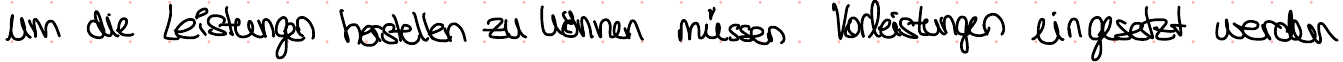
um die Leistungen herstellen zu können müssen Vorleistungen eingetzt werden